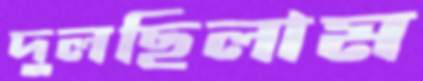
দুলছিলাম